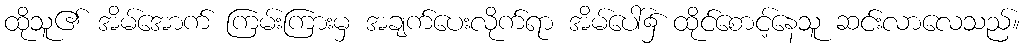
ထိုသူ၏ အိမ်အောက် ကြမ်းကြားမှ အချက်ပေးလိုက်ရာ အိမ်ပေါ်၌ ထိုင်စောင့်နေသူ ဆင်းလာလေသည်။